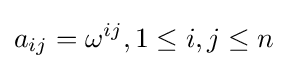
a_{ij}=\omega ^{ij},1\leq i,j\leq n